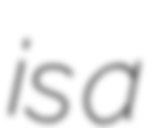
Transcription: is a